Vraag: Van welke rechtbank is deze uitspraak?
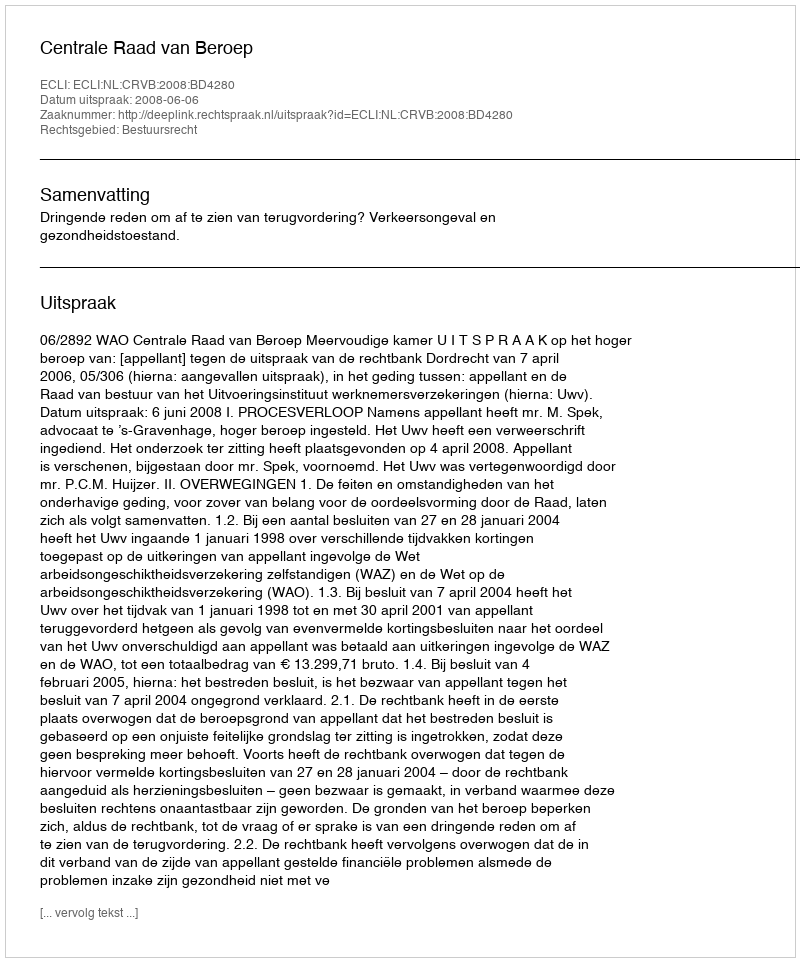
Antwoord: Centrale Raad van Beroep